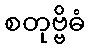
စတုဗ္ဗိဓံ